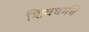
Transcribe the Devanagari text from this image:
शिवधर्मचे